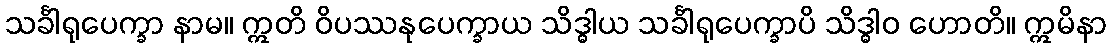
သင်္ခါရုပေက္ခာ နာမ။ ဣတိ ဝိပဿနုပေက္ခာယ သိဒ္ဓါယ သင်္ခါရုပေက္ခာပိ သိဒ္ဓါဝ ဟောတိ။ ဣမိနာ